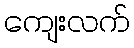
ကျေးလက်